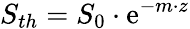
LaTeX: S_{th}=S_{0}\cdot\mathrm e^{-m\cdot z}